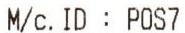
M/C. ID :POS7